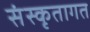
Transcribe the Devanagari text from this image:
संस्कृतागत